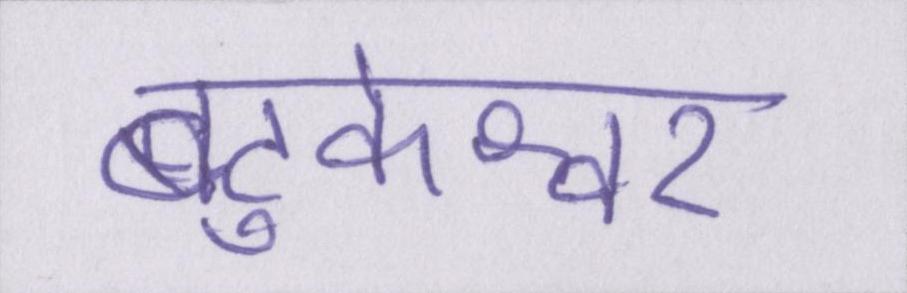
बटुकेश्वर